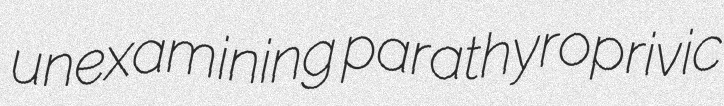
unexamining parathyroprivic